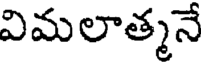
విమలాత్మనే